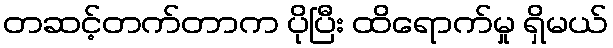
တဆင့်တက်တာက ပိုပြီး ထိရောက်မှု ရှိမယ်